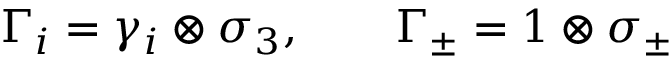
\Gamma _ { i } = \gamma _ { i } \otimes \sigma _ { 3 } , \qquad \Gamma _ { \pm } = 1 \otimes \sigma _ { \pm }